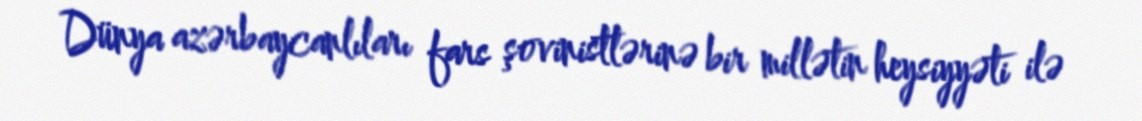
Dünya azərbaycanlıları fars şovinistlərinə bir millətin heysiyyəti ilə